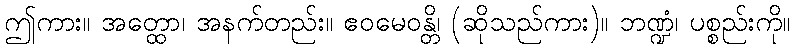
ဤကား။ အတ္ထော၊ အနက်တည်း။ ဧဝမေဝန္တိ၊ (ဆိုသည်ကား)။ ဘဏ္ဍံ၊ ပစ္စည်းကို။